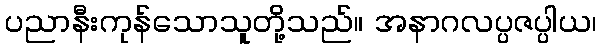
ပညာနီးကုန်သောသူတို့သည်။ အနာဂလပ္ပဇပ္ပါယ၊